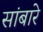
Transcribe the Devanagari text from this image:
सांबारे